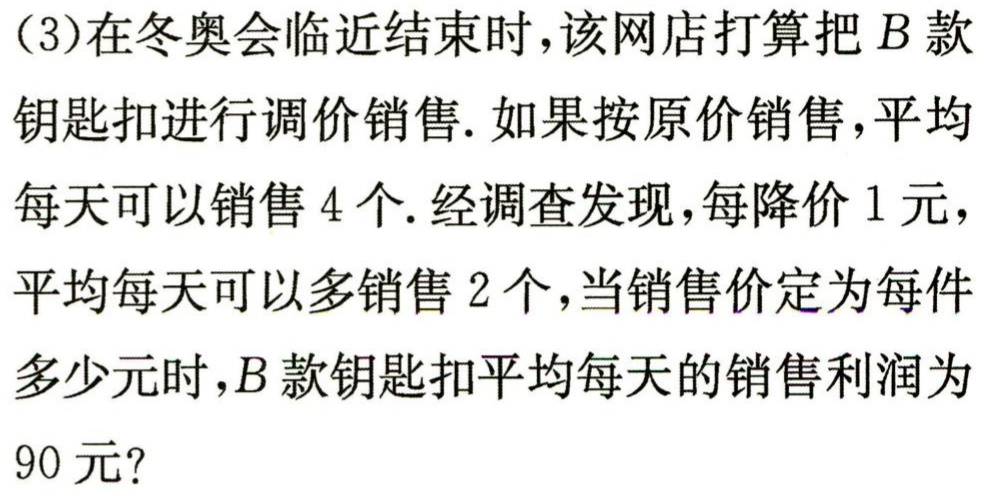
(3)在冬奥会临近结束时，该网店打算把\(B\)款钥匙扣进行调价销售. 如果按原价销售，平均每天可以销售\(4\)个. 经调查发现，每降价\(1\)元，平均每天可以多销售\(2\)个，当销售价定为每件多少元时，\(B\)款钥匙扣平均每天的销售利润为\(90\)元?